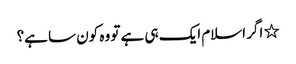
٭ اگر اسلام ایک ہی ہے تو وہ کون سا ہے؟